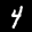
Label: 4